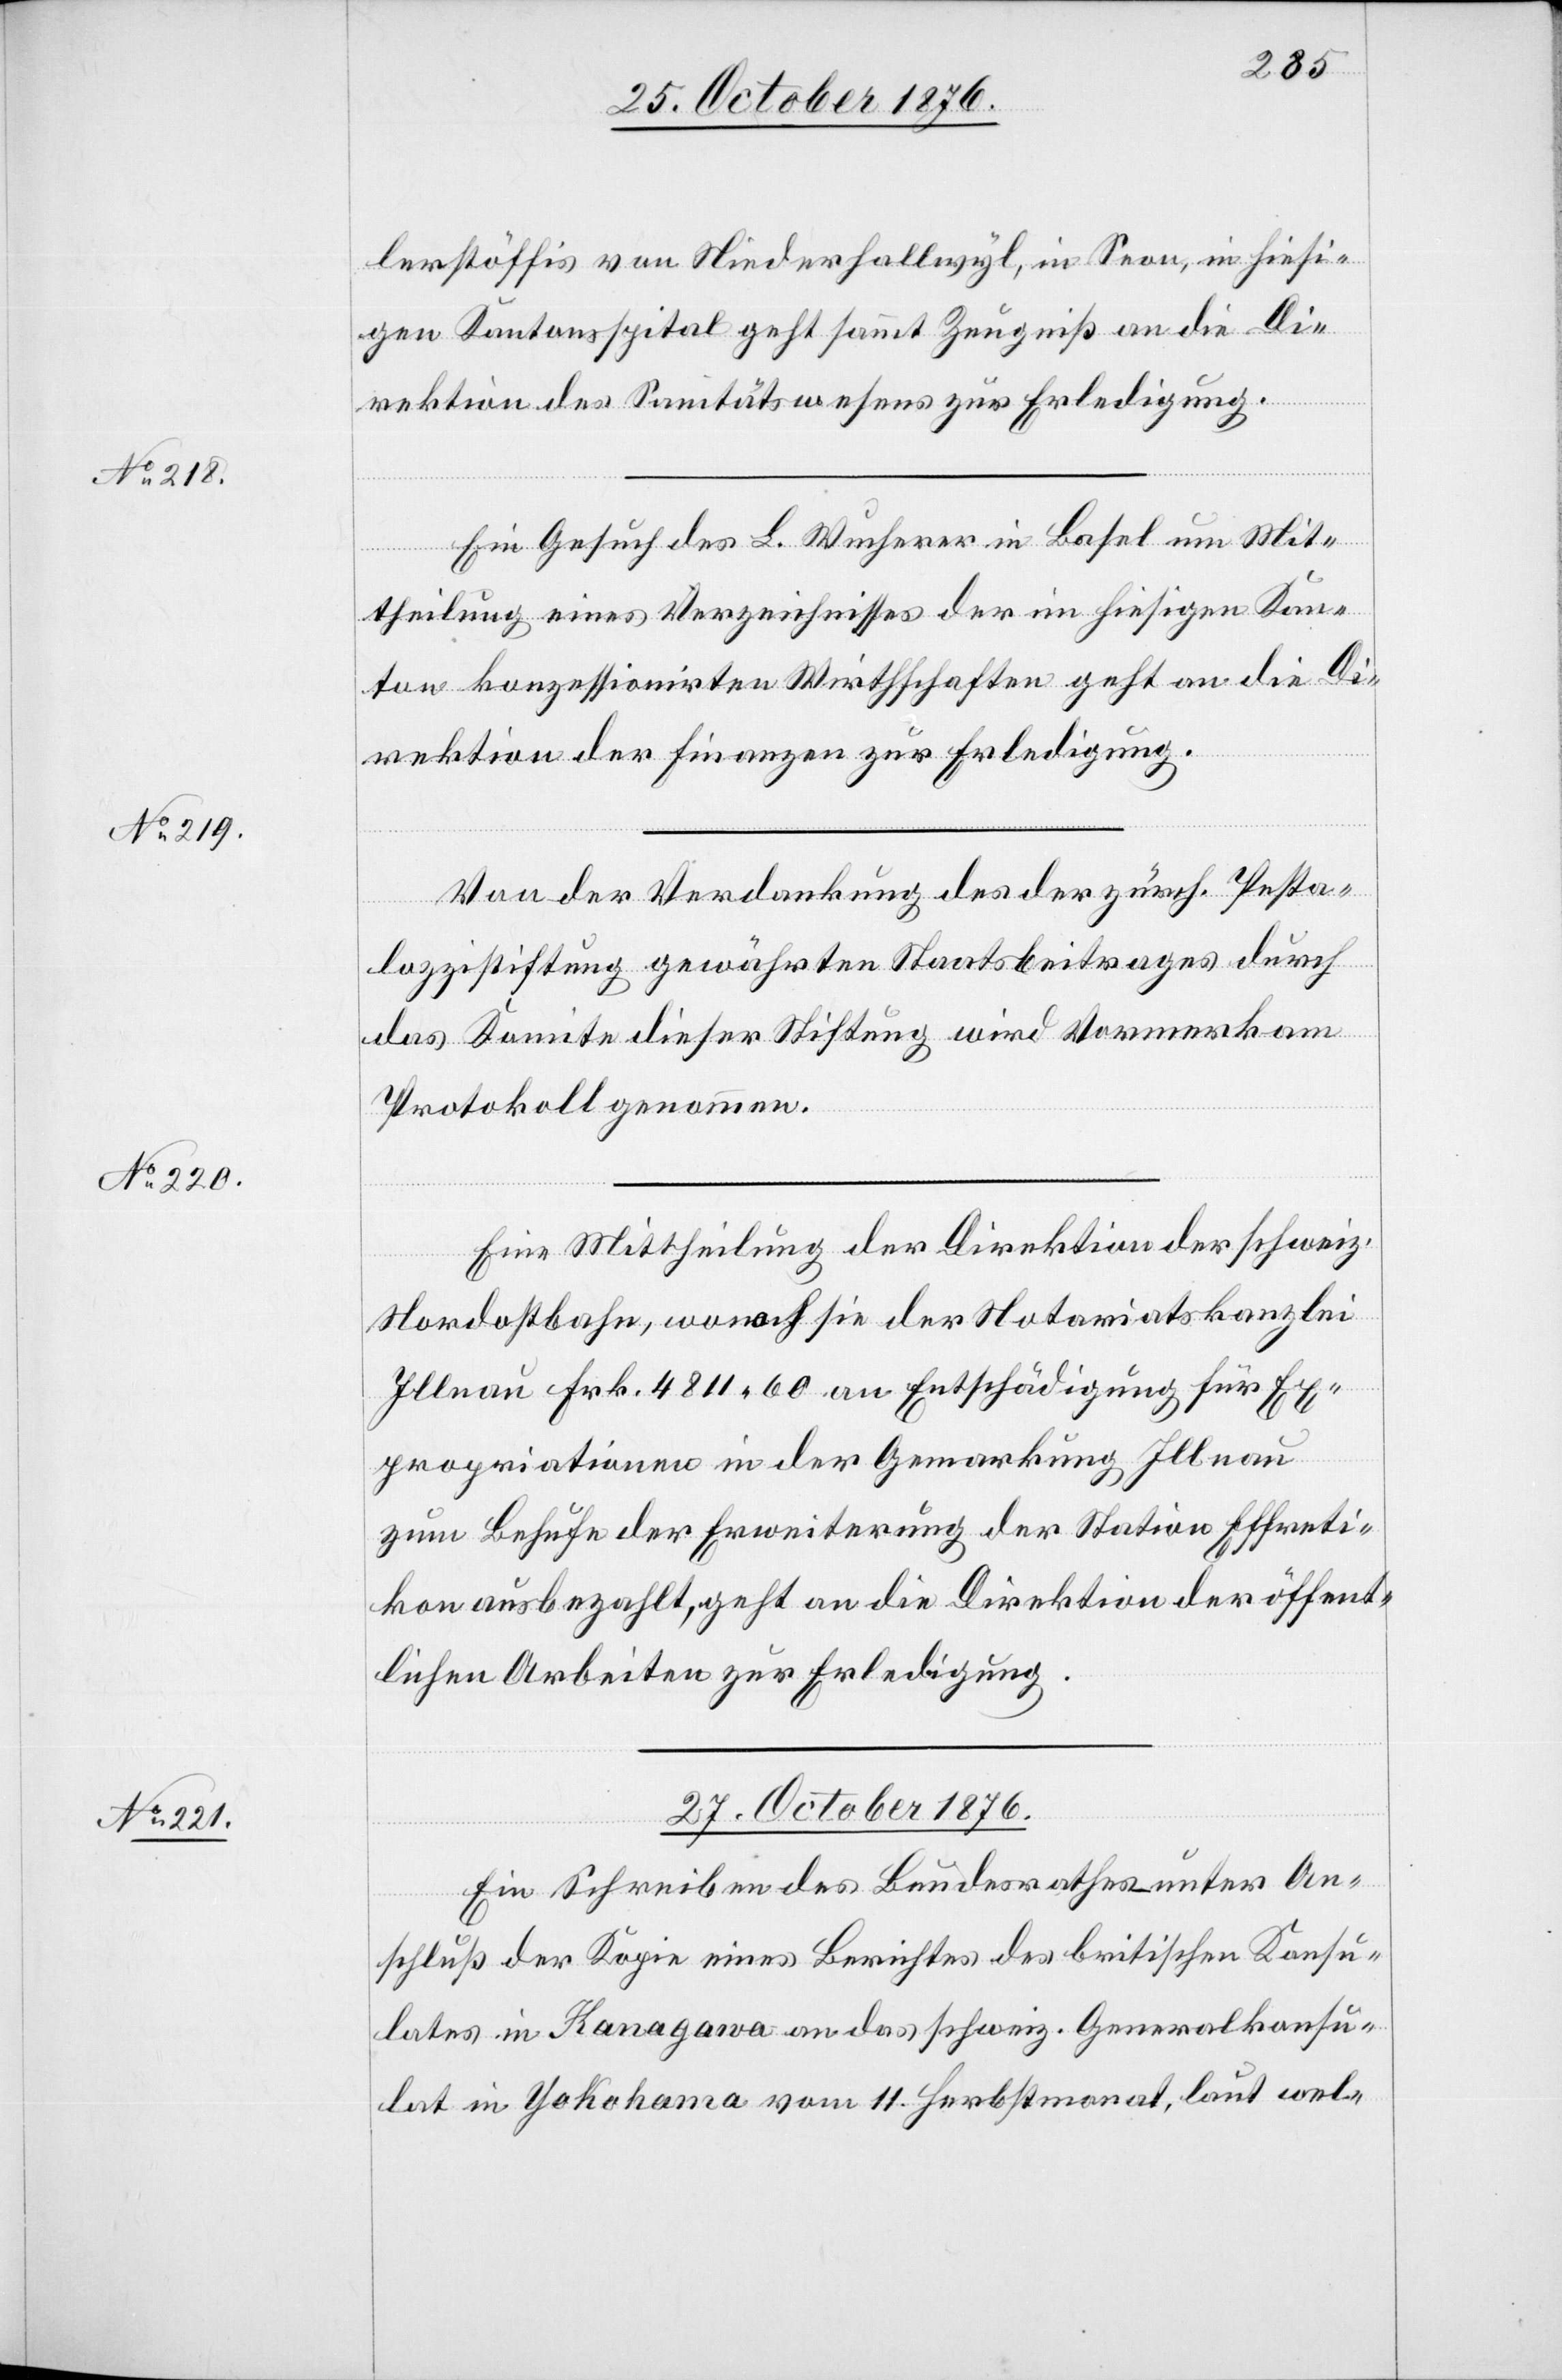
26. October 1876.]
lerstöffis von Niederhallwyl, in Seon, in hiesi¬
gen Kantonsspital geht sammt Zeugniß an die Di¬
rektion des Sanitätswesens zur Erledigung.
Ein Gesuch des L. Wucherer in Basel um Mit¬
theilung eines Verzeichnisses der in hiesigen Kan¬
ton konzessionirten Wirthschaften geht an die Di¬
rektion der Finanzen zur Erledigung.
Von der Verdankung des der zürch. Pesta¬
lozzistiftung gewährten Staatsbeitrages durch
das Komitee dieser Stiftung wird Vormerk am
Protokoll genommen.
Eine Mittheilung der Direktion der schweiz.
Nordostbahn, wonach sie der Notariatskanzlei
Illnau Frk. 4811 60 an Entschädigung für Ex¬
propriationen in der Gemarkung Illnau
zum Behufe der Erweiterung der Station Effreti¬
kon ausgezahlt, geht an die Direktion der öffent¬
lichen Arbeiten zur Erledigung.
27. October 1876.
Ein Schreiben des Bundesrathes unter An¬
schluß der Kopie eines Berichtes des britischen Konsu¬
lates in Kanagawa an das schweiz. Generalkonsu¬
lat in Yokohama vom 11. Herbstmonat, laut wel-